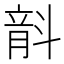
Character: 𣂅